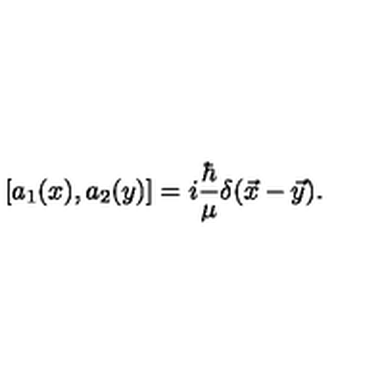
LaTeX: [ a _ { 1 } ( x ) , a _ { 2 } ( y ) ] = i { \frac { \hbar } { \mu } } \delta ( \vec { x } - \vec { y } ) .